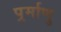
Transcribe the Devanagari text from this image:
पर्र्माणु